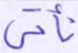
نأتي